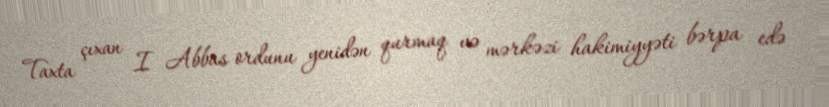
Taxta çıxan I Abbas ordunu yenidən qurmaq və mərkəzi hakimiyyəti bərpa edə